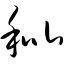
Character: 秕